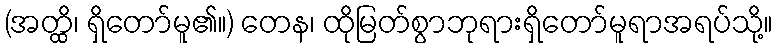
(အတ္ထိ၊ ရှိတော်မူ၏။) တေန၊ ထိုမြတ်စွာဘုရားရှိတော်မူရာအရပ်သို့။